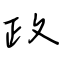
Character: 政